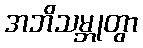
အဘိသမ္ဘုတွာ